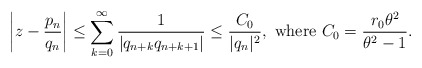
\begin{align*} \left| z - \frac{p_n}{q_n} \right| \leq \sum_{k = 0}^\infty \frac{1}{| q_{n + k} q_{n + k + 1} |} \leq \frac{C_0}{| q_n |^2}, \textrm{ where } C_0 = \frac{r_0 \theta^2}{\theta^2 - 1}. \end{align*}